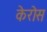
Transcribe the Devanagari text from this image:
केरोस